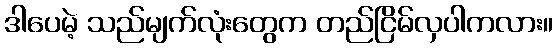
ဒါပေမဲ့ သည်မျက်လုံးတွေက တည်ငြိမ်လှပါကလား။